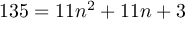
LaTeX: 1 3 5 = 1 1 n ^ { 2 } + 1 1 n + 3